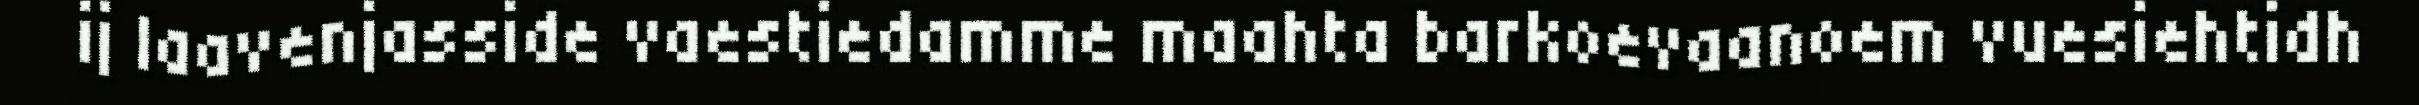
ij laavenjasside vaestiedamme maahta barkoevaanoem vuesiehtidh